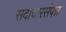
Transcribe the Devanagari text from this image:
सदाचारसंपन्न